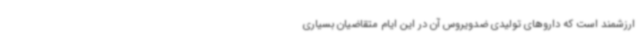
ارزشمند است که داروهای تولیدی ضدویروس آن در این ایام متقاضیان بسیاری